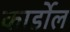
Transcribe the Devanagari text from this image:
कार्डोल